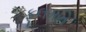
ફૂલમતિ